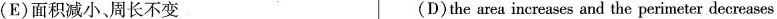
(E)面积减小、周长不变 (D)the area increases and the peri meter decreases